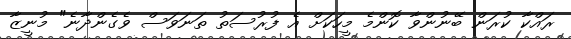
ރައްކާ ކުރަން ބޭނުންވާ ކޮންމެ މީހަކަށް އެ ފުރުސަތު ތަނަވަސް ވެގެންދާނެ" މުނީޒާ